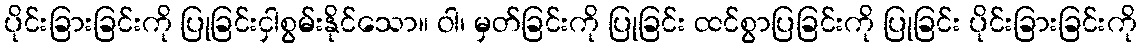
ပိုင်းခြားခြင်းကို ပြုခြင်းငှါစွမ်းနိုင်သော။ ဝါ၊ မှတ်ခြင်းကို ပြုခြင်း ထင်စွာပြခြင်းကို ပြုခြင်း ပိုင်းခြားခြင်းကို